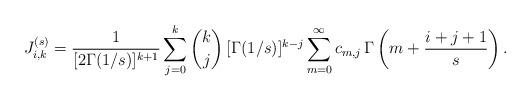
LaTeX: \begin{align*}J_{i,k}^{(s)}&=\frac{1}{[2\Gamma(1/s)]^{k+1}}\sum_{j=0}^k\binom{k}{j}\,[\Gamma(1/s)]^{k-j}\sum_{m=0}^\infty c_{m,j}\,\Gamma\left(m+\frac{i+j+1}{s}\right).\end{align*}